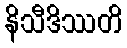
နိသီဒိဿတိ